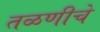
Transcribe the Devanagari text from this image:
तळणीचे